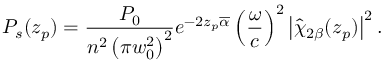
P _ { s } ( z _ { p } ) = \frac { P _ { 0 } } { { n ^ { 2 } \left( \pi w _ { 0 } ^ { 2 } \right) ^ { 2 } } } e ^ { - 2 z _ { p } \overline { { \alpha } } } \left( \frac { \omega } { c } \right) ^ { 2 } \left| \hat { \chi } _ { 2 \beta } ( z _ { p } ) \right| ^ { 2 } .